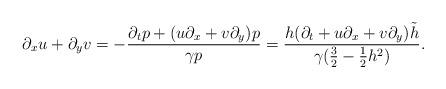
LaTeX: \begin{align*}\partial_xu+\partial_yv=-\frac{\partial_t p+(u\partial_x+v\partial_y)p}{\gamma p}=\frac{h(\partial_t +u\partial_x+v\partial_y)\tilde{h}}{\gamma(\frac32-\frac12 h^2)}.\end{align*}